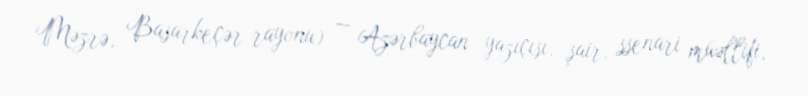
Məzrə, Basarkeçər rayonu) — Azərbaycan yazıçısı, şair, ssenari müəllifi,